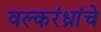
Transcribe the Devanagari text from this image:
वल्करंध्रांचे